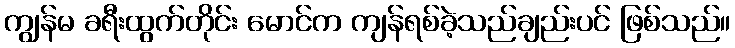
ကျွန်မ ခရီးထွက်တိုင်း မောင်က ကျန်ရစ်ခဲ့သည်ချည်းပင် ဖြစ်သည်။